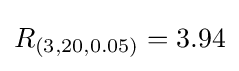
R_{(3,20,0.05)}=3.94